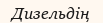
Дизельдің